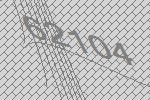
62104